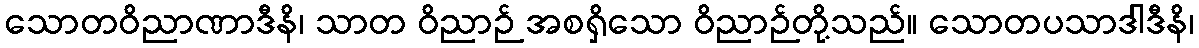
သောတဝိညာဏာဒီနိ၊ သာတ ဝိညာဉ် အစရှိသော ဝိညာဉ်တို့သည်။ သောတပသာဒါဒီနိ၊